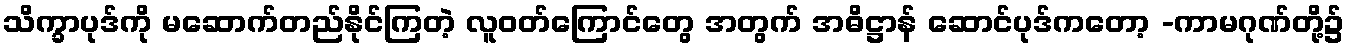
သိက္ခာပုဒ်ကို မဆောက်တည်နိုင်ကြတဲ့ လူဝတ်ကြောင်တွေ အတွက် အဓိဋ္ဌာန် ဆောင်ပုဒ်ကတော့ -ကာမဂုဏ်တို့၌